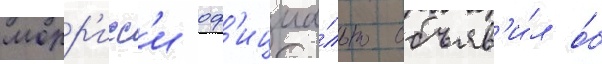
морр'исс'и оф'ициа́льно объяв'и́л о́б